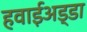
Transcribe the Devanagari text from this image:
हवाईअड्‍डा